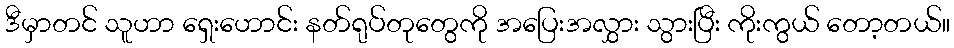
ဒီမှာတင် သူဟာ ရှေးဟောင်း နတ်ရုပ်တုတွေကို အပြေးအလွှား သွားပြီး ကိုးကွယ် တော့တယ်။